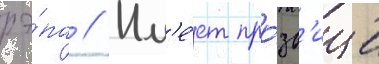
рэ́па // Им'е́ет про́зв'ище